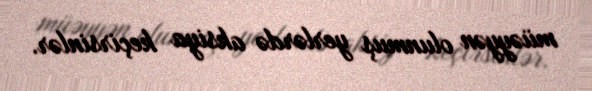
müəyyən olunmuş yerlərdə aksiya keçirsinlər.